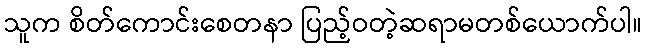
သူက စိတ်ကောင်းစေတနာ ပြည့်ဝတဲ့ဆရာမတစ်ယောက်ပါ။